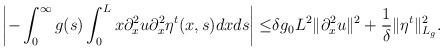
LaTeX: \begin{align*}\left| -\int_0^\infty g(s)\int_0^L x\partial_x^2 u\partial_x^2\eta^t(x,s)dxds\right|\leq& \delta g_0 L^2\|\partial_x^2 u\|^2+\dfrac{1}{\delta}\|\eta^t\|^2_{L_g}.\end{align*}